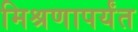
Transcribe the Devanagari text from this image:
मिश्रणापर्यंत